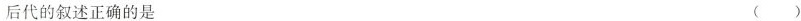
后代的叙述正确的是 ()